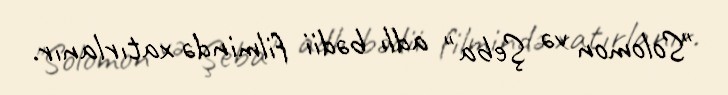
"Solomon və Şeba" adlı bədii filmində xatırlanır.